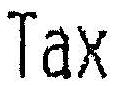
TAX